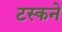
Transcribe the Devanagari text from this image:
टस्कने